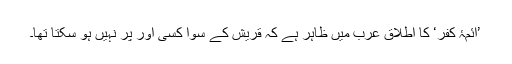
’ائمۂ کفر‘ کا اطلاق عرب میں ظاہر ہے کہ قریش کے سوا کسی اور پر نہیں ہو سکتا تھا۔